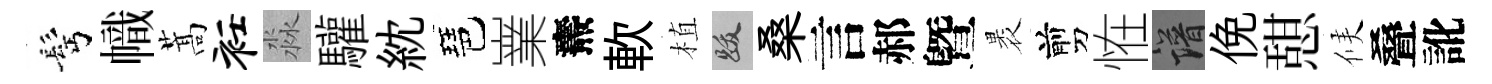
髩幟蒿衽淼驩紞琶嶪燾軟植跋桑言郝曁褁剪恠譜俛憇候叠訛